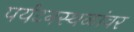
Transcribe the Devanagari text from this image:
पर्यटनस्थळांवर